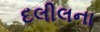
દલીલના